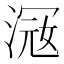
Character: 𣸦